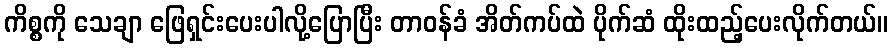
ကိစ္စကို သေချာ ဖြေရှင်းပေးပါလို့ပြောပြီး တာဝန်ခံ အိတ်ကပ်ထဲ ပိုက်ဆံ ထိုးထည့်ပေးလိုက်တယ်။